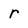
Character: r